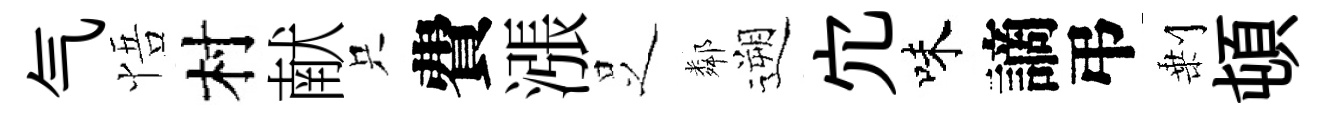
气悟村献只費漲𠯁鄰遡宂味謫弔剰頓